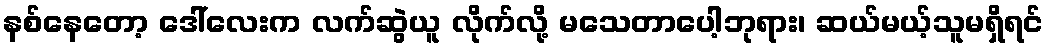
နစ်နေတော့ ဒေါ်လေးက လက်ဆွဲယူ လိုက်လို့ မသေတာပေါ့ဘုရား၊ ဆယ်မယ့်သူမရှိရင်